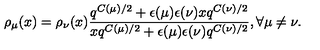
\rho _ { \mu } ( x ) = \rho _ { \nu } ( x ) \frac { q ^ { C ( \mu ) / 2 } + \epsilon ( \mu ) \epsilon ( \nu ) x q ^ { C ( \nu ) / 2 } } { x q ^ { C ( \mu ) / 2 } + \epsilon ( \mu ) \epsilon ( \nu ) q ^ { C ( \nu ) / 2 } } , \forall \mu \neq \nu .